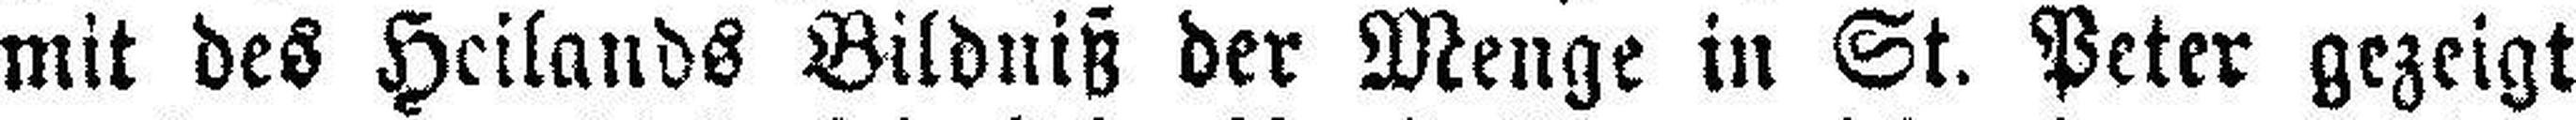
mit des Heilands Bildniß der Menge in St. Peter gezeigt